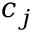
c _ { j }